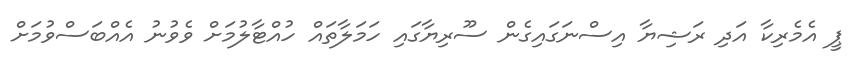
ޕީ އެމެރިކާ އަދި ރަޝިޔާ އިސްނަގައިގެން ސޫރިޔާގައި ހަމަލާތައް ހުއްޓާލުމަށް ވެވުނު އެއްބަސްވުމަށް